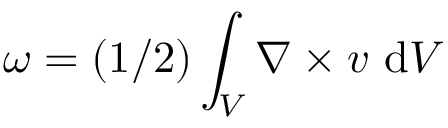
\boldsymbol { \omega } = ( 1 / 2 ) \int _ { V } \nabla \times \boldsymbol { v } \ \mathrm { d } V